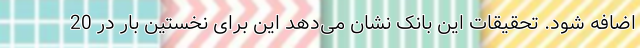
اضافه شود. تحقیقات این بانک نشان می‌دهد این برای نخستین بار در 20